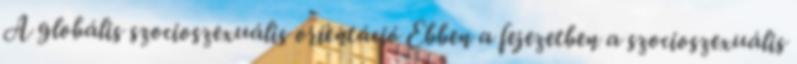
A globális szocioszexuális orientáció Ebben a fejezetben a szocioszexuális